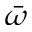
\bar { \omega }